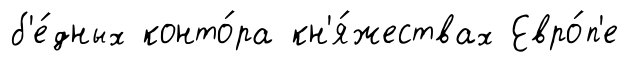
б'е́дных конто́ра кн'я́жествах Евро́п'е